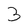
Character: 3